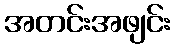
အတင်းအဖျင်း